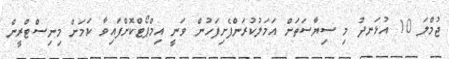
ޖުމްލަ 10 އުޅަނދު މި ސިޔާސަތަށް އަމަލުކުރަންފެށިފަހުން ވަނީ އިމްޕޯޓްކޮށްފައިވާ ކަމަށް މިނިސްޓްރީން